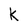
Character: k